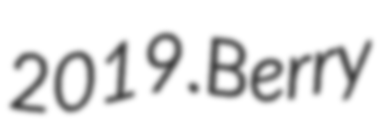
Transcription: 2019.Berry